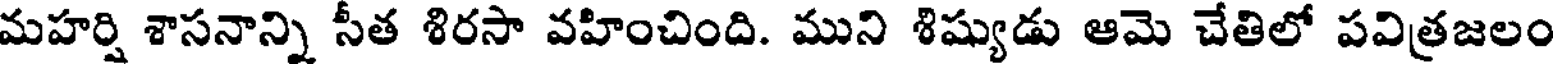
మహర్షి శాసనాన్ని సీత శిరసా వహించింది. ముని శిష్యుడు ఆమె చేతిలో పవిత్రజలం